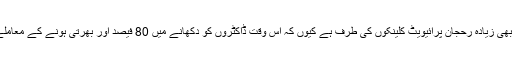
نجی کاری کی وجہ ڈاکٹروں وپیرا میڈیکس کا بھی زیادہ رحجان پرائیویٹ کلینکوں کی طرف ہے کیوں کہ اس وقت ڈاکٹروں کو دکھانے میں 80 فیصد اور بھرتی ہونے کے معاملے میں 60 فیصد حصہ پرائیویٹ سیکٹر کا ہے۔